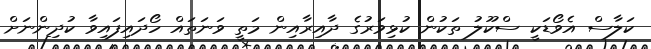
ކަލާސް އެވޯޑަކީ ސްކޫލު ތަކުން ކުޅިވަރުގެ ދާއިރާއިން މަތީ ވަނަތައް ހޯދައިފައިވާ ކުދިންނަށް